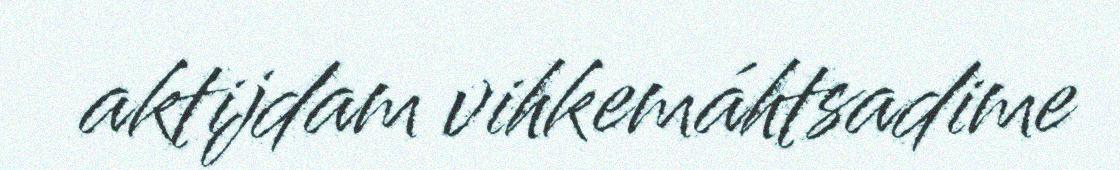
aktijdam vihkemáhtsadime